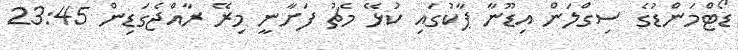
ޑޯޓްމަންޑުގެ ސިގްލަން އިޑޫނާ ޕާކުގައި ކުޅޭ މެޗު ފަށާނީ މިރޭ ރާއްޖެގަޑިން 23:45